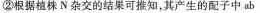
②根据植株N杂交的结果可推知，其产生的配子中ab